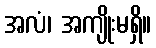
အလံ၊ အကျိုးမရှိ။